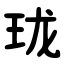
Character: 珑